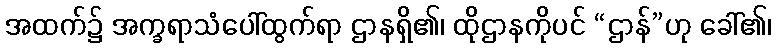
အထက်၌ အက္ခရာသံပေါ်ထွက်ရာ ဌာနရှိ၏၊ ထိုဌာနကိုပင် “ဌာန်”ဟု ခေါ်၏၊